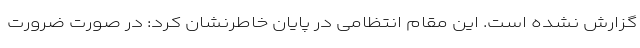
گزارش نشده است. این مقام انتظامی در پایان خاطرنشان کرد: در صورت ضرورت